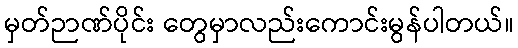
မှတ်ဉာဏ်ပိုင်း တွေမှာလည်းကောင်းမွန်ပါတယ်။